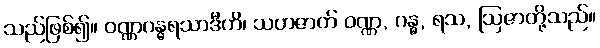
သည်ဖြစ်၍။ ဝဏ္ဏဂန္ဓရသာဒီဟိ၊ သဟဇာတ် ဝဏ္ဏ, ဂန္ဓ, ရသ, ဩဇာတို့သည်။